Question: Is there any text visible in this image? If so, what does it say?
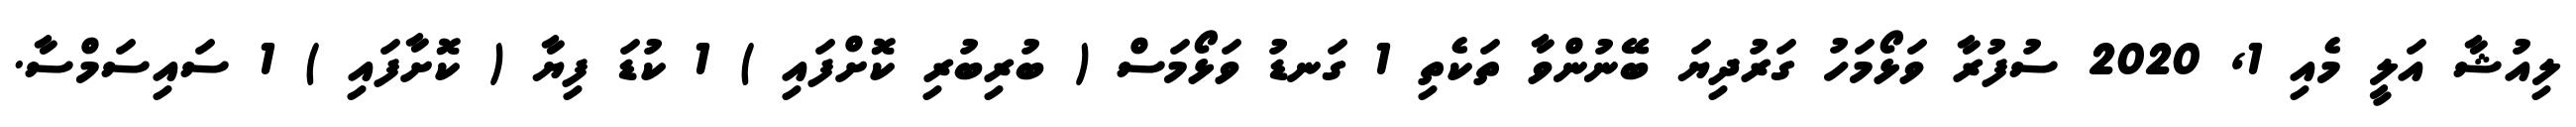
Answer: ލިއުޝާ އަލީ މެއި 1, 2020 ސުފުރާ ވަޅޯމަހު ގަރުދިޔަ ބޭނުންވާ ތަކެތި 1 ގަނޑު ވަޅޯމަސް ( ބުރިބުރި ކޮށްފައި ) 1 ކުޑަ ފިޔާ ( ކޮށާފައި ) 1 ސައިސަމްސާ.